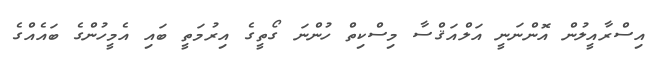
އިސްރާއީލުން އޮންނަނީ އަލްއަޤްސާ މިސްކިތް ހުންނަ ގޯތީގެ އިރުމަތީ ބައި އެމީހުންގެ ބައެއްގެ